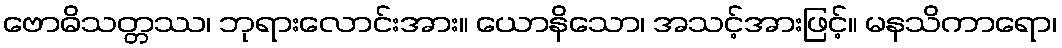
ဗောဓိသတ္တဿ၊ ဘုရားလောင်းအား။ ယောနိသော၊ အသင့်အားဖြင့်။ မနသိကာရော၊